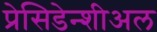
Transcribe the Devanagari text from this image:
प्रेसिडेन्शीअल